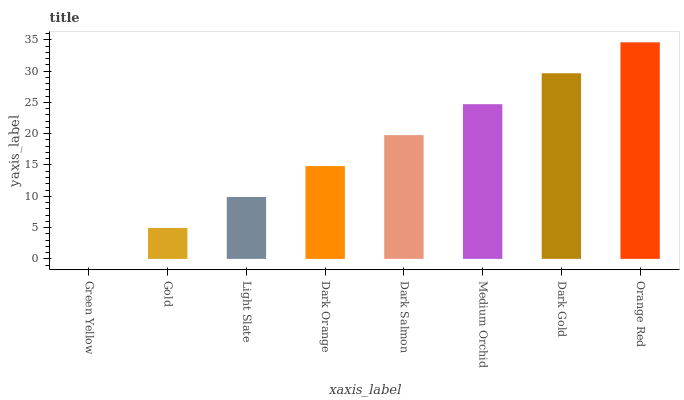
| xaxis_label | bars |
 | --- | --- |
 | Green Yellow | 0 |
 | Gold | 4.94 |
 | Light Slate | 9.88 |
 | Dark Orange | 14.8 |
 | Dark Salmon | 19.8 |
 | Medium Orchid | 24.7 |
 | Dark Gold | 29.7 |
 | Orange Red | 34.6 |